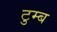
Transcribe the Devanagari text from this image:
टुम्ब